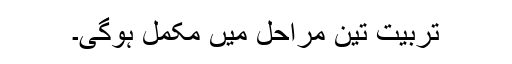
تربیت تین مراحل میں مکمل ہوگی۔